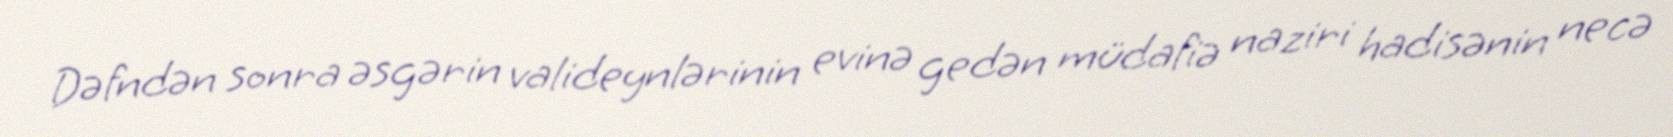
Dəfndən sonra əsgərin valideynlərinin evinə gedən müdafiə naziri hadisənin necə